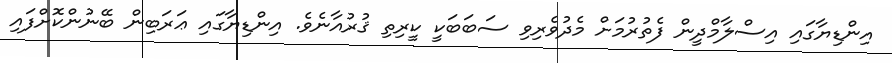
އިންޑިޔާގައި އިސްލާމްދީން ފެތުރުމަށް މެދުވެރިވި ސަބަބަކީ ކީރިތި ޤުރުއާނެވެ. އިންޑިޔާގައި ޢަރަބިން ބޭނުންކޮށްފައި